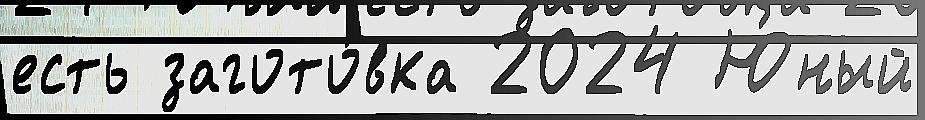
есть загото́вка 2024 Ю́ный